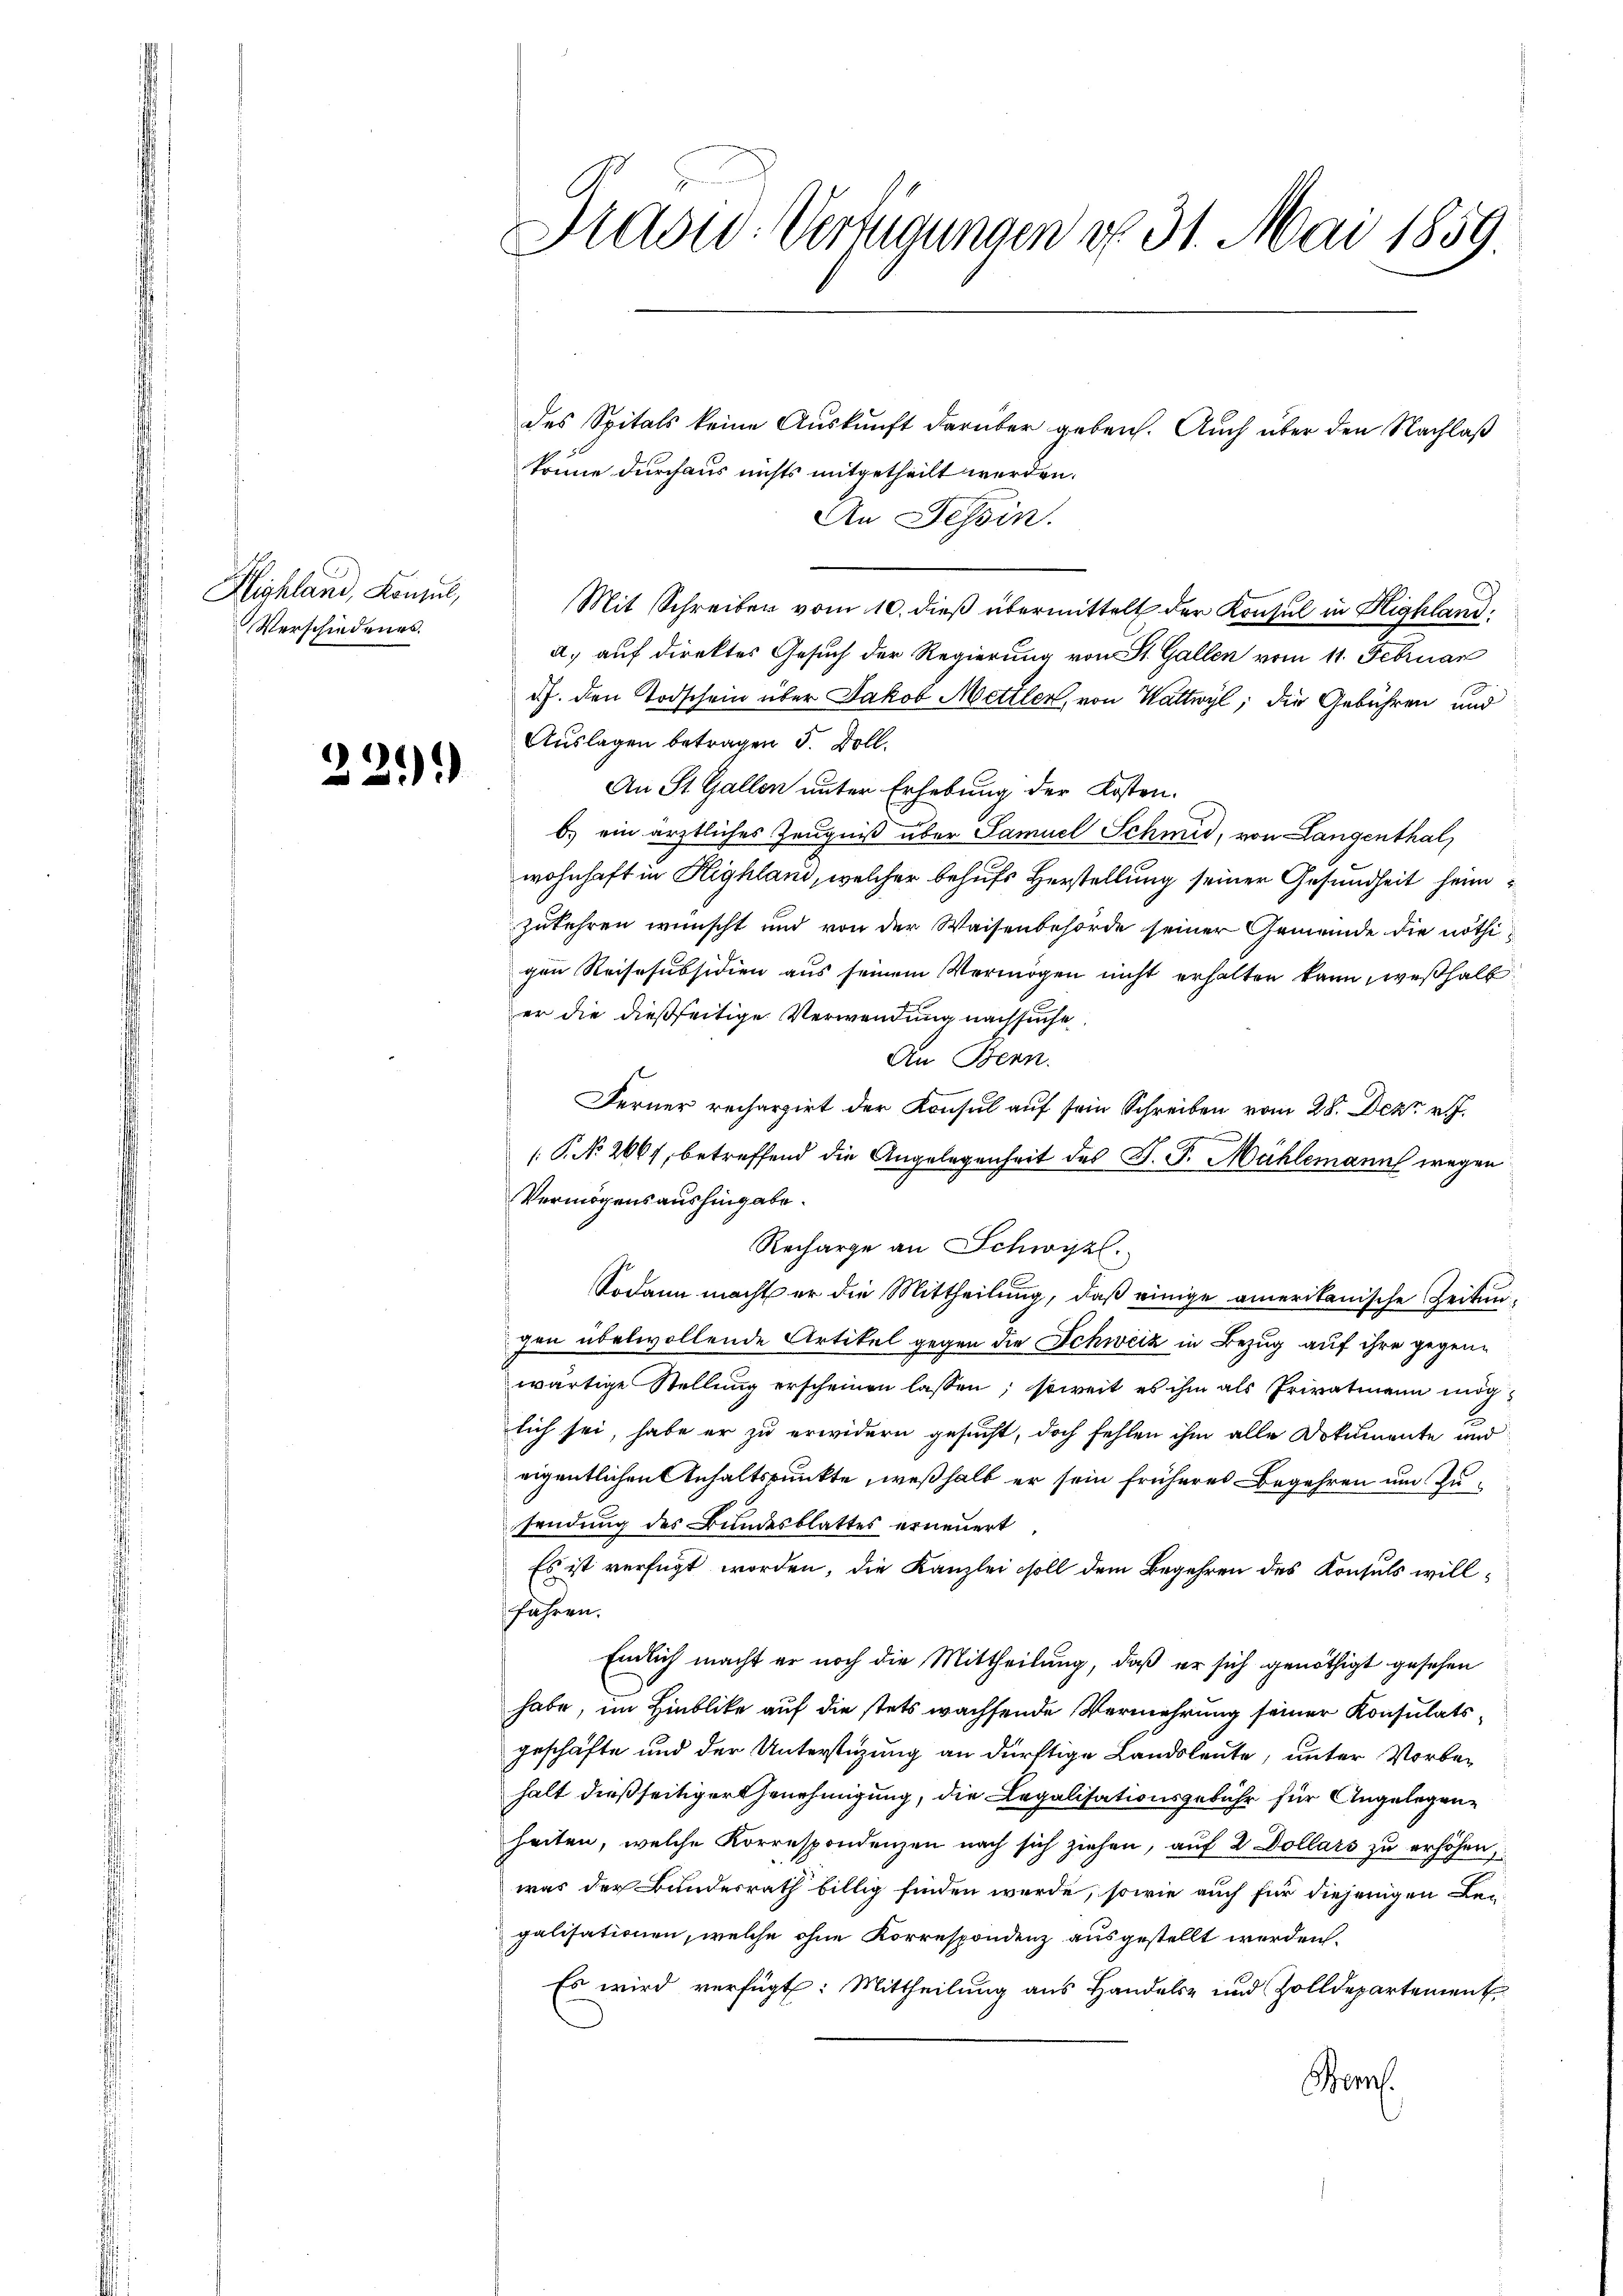
Highland, Konsul,
Verschiedenes.

22.)

Stadt-Verfügungen v. 31. Mai 1859

des Spitals keine Auskunft darüber geben. Auch über den Nachlaß
könne durchaus nichts mitgetheilt werden.
An Tessin.
Mit Schreiben vom 10. dieß übermittelt der Konsul in Highlanda.) auf direktes Gesuch der Regierung von St. Gallen vom 11. Februar
d.h. den Todschein über Jakob Mettler, von Wattwyl, die Gebühren und
Auslagen betragen 5. Doll.
An St. Gallen unter Erhebung der Kosten.
b) ein ärztliches Zeugniß über Samuel Schmid, von Langenthal
wohnhaft in Highland, welcher behufs Herstellung seiner Gesundheit heimzukehren wünscht und von der Waisenbehörde seiner Gemeinde die nöthigen Reisesubsidien aus seinem Vermögen nicht erhalten kann, weßhalb
er die dießseitige Verwendung nachsuche
An Bern.
Ferner rechargirt der Konsul auf sein Schreiben vom 28. Dez. v. J.
n
(P. No. 2061, betreffend die Angelegenheit des J. P. Mühlemanns wegen
Vermögensaushingabe.
Recharge an Schwyzl.
Sodann macht er die Mittheilung, daß einige amerikanische Zeitungen übelwollende Artikel gegen die Schweiz in Bezug auf ihre gegenwärtige Stellung erscheinen lassen; soweit es ihm als Privatmann miglich sei, habe er zu erwidern gesucht, doch fehlen ihm alle Dokumente und
eigentlichen Anhaltspunkte, weßhalb er sein früheres Begehren und Zusendung des Bundesblattes erneuert
Es ist verfügt worden, die Kanzlei soll dem Begehren des Konsuls willfahren.
Endlich macht er noch die Mittheilung, daß er sich genöthigt gesehen
habe, im Hinblicke auf die stets wachsende Vermehrung seiner Konsulats
geschäfte und der Unterstüzung an dürftige Landsleute, unter Vorbehalt dießseitiger Genehmigung, die Legalisationsgebühr für Angelegenheiten, welche Korrespondenzen nach sich ziehen, auf 2 Dollars zu erhöhen,
was der Bundesrath billig finden werde, sowie auch für diejenigen Be-
galisationen, welche ohne Korrespondenz ausgestellt werden.
Es wird verfügt: Mittheilung aus Handels- und Zolldepartement
Benf